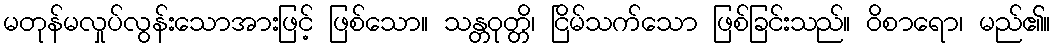
မတုန်မလှုပ်လွန်းသောအားဖြင့် ဖြစ်သော။ သန္တဝုတ္တိ၊ ငြိမ်သက်သော ဖြစ်ခြင်းသည်။ ဝိစာရော၊ မည်၏။